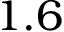
1 . 6